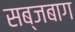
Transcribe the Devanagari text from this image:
सब्जबाग